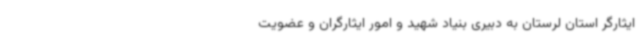
ایثارگر استان لرستان به دبیری بنیاد شهید و امور ایثارگران و عضویت